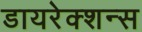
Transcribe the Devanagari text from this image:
डायरेक्शन्स